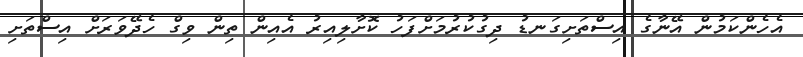
އެހެންކަމުން އޭނާގެ އިސްތަށިގަނޑު ދިގުކުރުމަށްފަހު ކޮށާލިއިރު އެއިން ތިން ވިގް ހެދޭވަރަށް އިސްތަށި